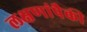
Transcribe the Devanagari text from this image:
लक्षणांपैकी